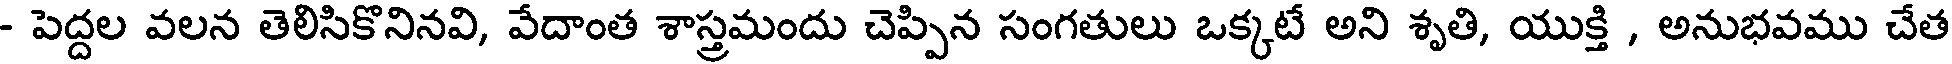
- పెద్దల వలన తెలిసికొనినవి, వేదాంత శాస్త్రమందు చెప్పిన సంగతులు ఒక్కటే అని శృతి, యుక్తి , అనుభవము చేత